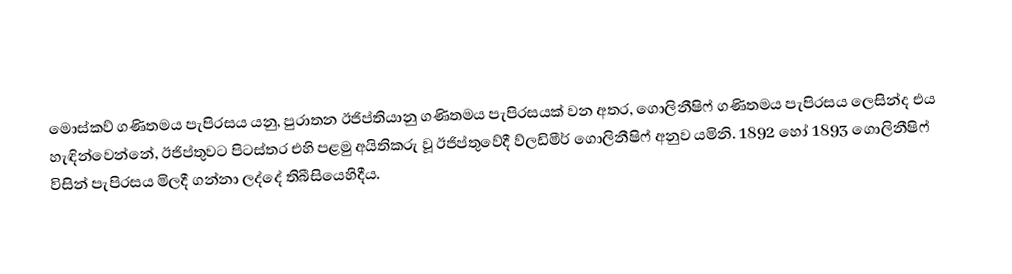
මොස්කව් ගණිතමය පැපිරසය යනු, පුරාතන ඊජිප්තියානු ගණිතමය පැපිරසයක් වන අතර, ගොලිනීෂිෆ් ගණිතමය පැපිරසය ලෙසින්ද එය  හැඳින්වෙන්නේ, ඊජිප්තුවට පිටස්තර එහි පළමු අයිතිකරු වූ  ඊජිප්තුවේදී ව්ලඩිමීර් ගොලිනීෂිෆ් අනුව යමිනි. 1892 හෝ 1893 ගොලිනීෂිෆ් විසින් පැපිරසය මිලදී ගන්නා ලද්දේ  තිබීසියෙහිදීය.